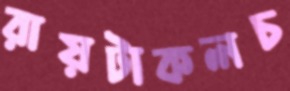
রায়টাকলচ